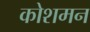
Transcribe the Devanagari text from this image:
कोशमन